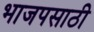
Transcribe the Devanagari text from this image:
भाजपसाठी